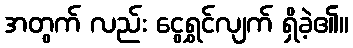
အတွက် လည်း ငွေရွှင်လျက် ရှိခဲ့၏။